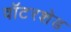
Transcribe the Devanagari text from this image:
वॉटरशेड